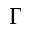
\Gamma